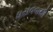
ધરાવવાથી